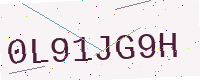
Text: 0L91JG9H